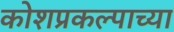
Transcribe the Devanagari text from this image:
कोशप्रकल्पाच्या